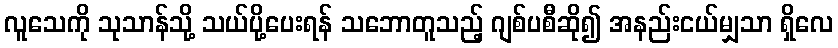
လူသေကို သုသာန်သို့ သယ်ပို့ပေးရန် သဘောတူသည့် ဂျစ်ပစီဆို၍ အနည်းငယ်မျှသာ ရှိလေ